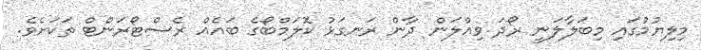
މިލިޔުމުގައި މިބަލާލަނީ ރޯދަ ވިއްލަން ދާން ރަނގަޅު ކޮލަމްބޯގެ ބައެއް ރެސްޓޯރަންޓް ތަކަށެވެ.